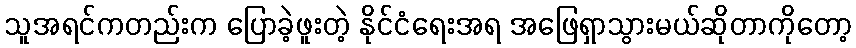
သူအရင်ကတည်းက ပြောခဲ့ဖူးတဲ့ နိုင်ငံရေးအရ အဖြေရှာသွားမယ်ဆိုတာကိုတော့